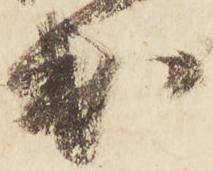
出